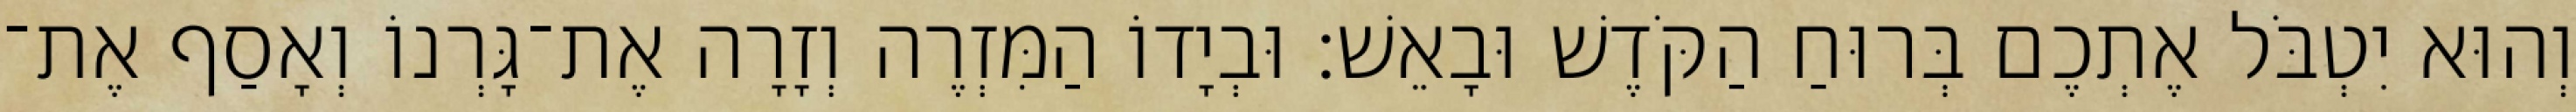
וְהוּא יִטְבֹּל אֶתְכֶם בְּרוּחַ הַקֹּדֶשׁ וּבָאֵשׁ׃ וּבְיָדוֹ הַמִּזְרֶה וְזָרָה אֶת־גָּרְנוֹ וְאָסַף אֶת־